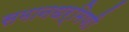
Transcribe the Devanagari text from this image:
समानधर्मिणी